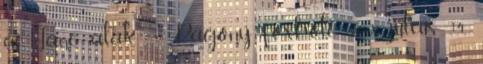
a Jane alak. – Pagony foxhole 2018. július 14.,